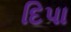
દિપા